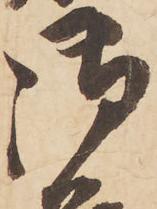
御